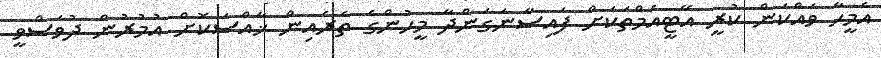
އެމީހާ ވައްކަން ކުރީ އޭޓީއެމްތަކަށް ފައިސާނަގަންދާ މީހުންގެ ތެރެއިން ޚާއްސަކޮށް އުމުރުން ދުވަސްވީ